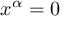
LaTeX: x ^ { \alpha } = 0